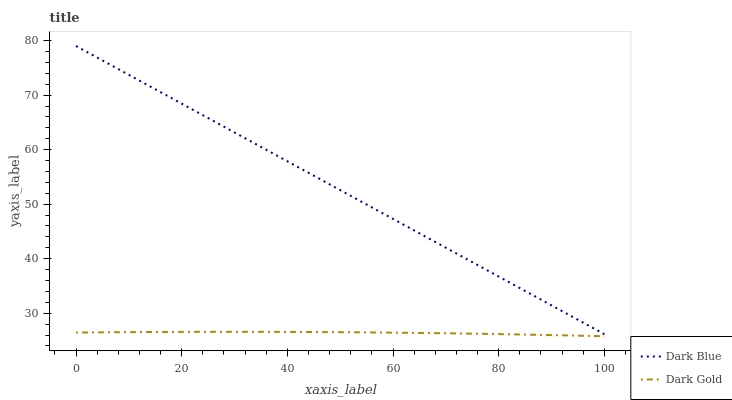
| xaxis_label | Dark Blue | Dark Gold |
 | --- | --- | --- |
 | 0 | 79 | 26.5 |
 | 7.14 | 75.2 | 26.5 |
 | 14.3 | 71.5 | 26.6 |
 | 21.4 | 67.7 | 26.6 |
 | 28.6 | 63.9 | 26.6 |
 | 35.7 | 60.1 | 26.6 |
 | 42.9 | 56.4 | 26.6 |
 | 50 | 52.6 | 26.5 |
 | 57.1 | 48.8 | 26.5 |
 | 64.3 | 45 | 26.4 |
 | 71.4 | 41.3 | 26.3 |
 | 78.6 | 37.5 | 26.2 |
 | 85.7 | 33.7 | 26.1 |
 | 92.9 | 29.9 | 25.9 |
 | 100 | 26.2 | 25.8 |